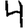
Digit: 4